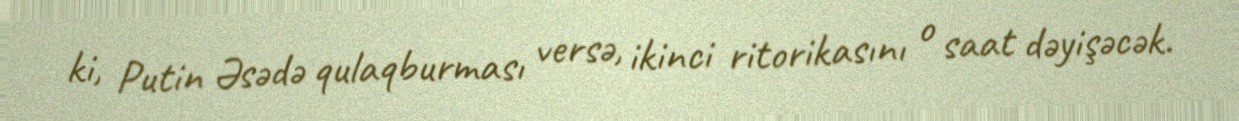
ki, Putin Əsədə qulaqburması versə, ikinci ritorikasını o saat dəyişəcək.